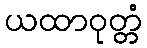
ယထာဝုတ္တံ